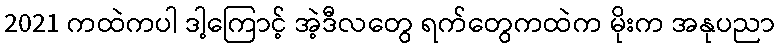
2021 ကထဲကပါ ဒါ့ကြောင့် အဲ့ဒီလတွေ ရက်တွေကထဲက မိုးက အနုပညာ